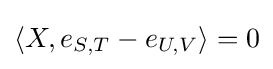
\langle X,e_{S,T}-e_{U,V}\rangle =0